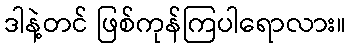
ဒါနဲ့တင် ဖြစ်ကုန်ကြပါရောလား။